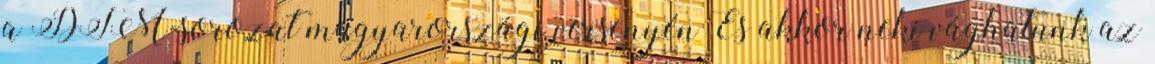
a DTM-sorozat magyarországi versenyén És akkor neki vághatunk az